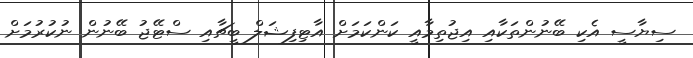
ސިޔާސީ އެކި ބޭނުންތަކާއި އިޖުތިމާއީ ކަންކަމަށް އާޓިފިޝަލް ބީޗާއި ސްޓޭޖު ބޭނުން ނުކުރުމަށް